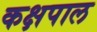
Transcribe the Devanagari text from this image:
कक्षपाल